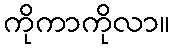
ကိုကာကိုလာ။